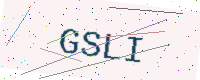
Text: GSLI